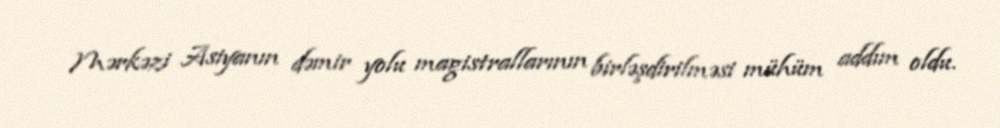
Mərkəzi Asiyanın dəmir yolu magistrallarının birləşdirilməsi mühüm addım oldu.